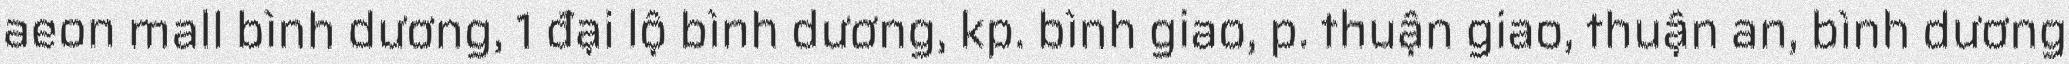
aeon mall bình dương, 1 đại lộ bình dương, kp. bình giao, p. thuận giao, thuận an, bình dương